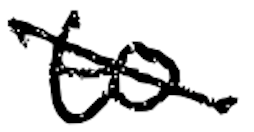
Text: to
Cross-out: diagonal
Writing tool: digital_black